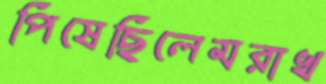
পিষেছিলেমরাখ